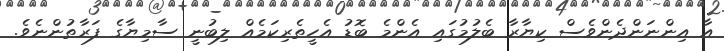
އާ އިންނަންދެންވެސް ކިޔާރާ ބެލުމުގައި އެންމެ ބޮޑު އެހީތެރިކަމެއް ލިބުނީ ސާމިޔާގެ ފަރާތުންނެވެ.